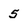
Character: 5